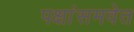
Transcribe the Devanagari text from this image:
पक्षांसमवेत